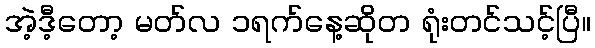
အဲ့ဒီ့တော့ မတ်လ ၁ရက်နေ့ဆိုတ ရုံးတင်သင့်ပြီ။